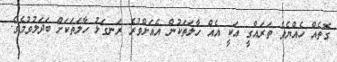
ގޮތެއް ހެއްޔެވެ ތަރައްގީ އަކީ އެއް ހާލަތަކުން އެއަށްވުރެ ރަނގަޅު ހާލަތަކަށް ބަދަލުވުމެވެ.